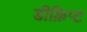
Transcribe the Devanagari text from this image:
डीक्रिप्ट